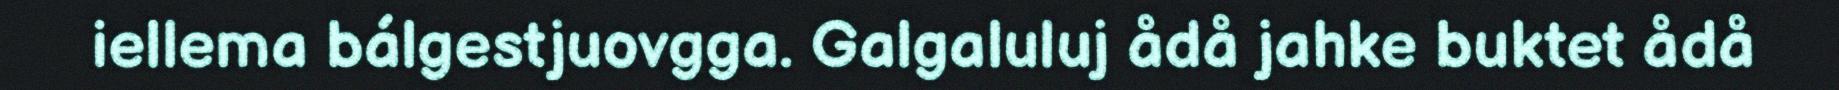
iellema bálgestjuovgga. Galgaluluj ådå jahke buktet ådå